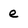
Character: e